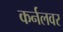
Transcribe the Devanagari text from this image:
कर्नलवर